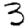
Digit: 3